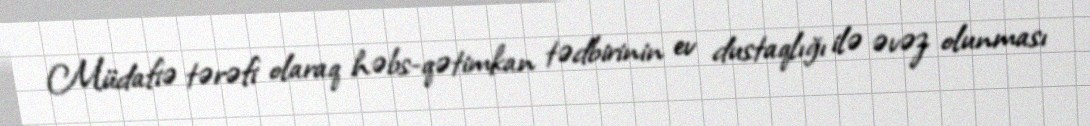
Müdafiə tərəfi olaraq həbs-qətimkan tədbirinin ev dustaqlığı ilə əvəz olunması